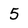
Character: 5